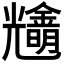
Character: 𨮠